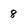
Character: 8